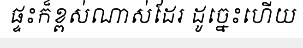
ផ្ទះក៏ខ្ពស់ណាស់ដែរ ដូច្នេះហើយ